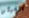
الغبار